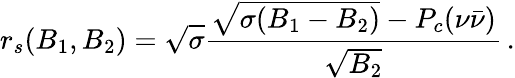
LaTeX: r_{s}(B_{1},B_{2})=\sqrt{\sigma}{\frac{\sqrt{\sigma(B_{1}-B_{2})}-P_{c}(\nu\bar{\nu})}{\sqrt{B_{2}}}}\, .